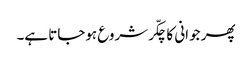
پھر جوانی کا چکّر شروع ہوجاتا ہے۔